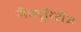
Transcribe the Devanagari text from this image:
सेक्यूरिटीज